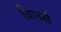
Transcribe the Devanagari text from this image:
ग्रिलसे